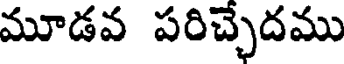
మూడవ పరిచ్చేదము